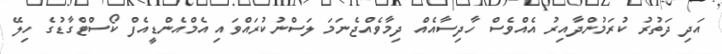
އަދި ދަތުރު ކުރަމުންދާއިރު އެއްވެސް ހާދިސާއެއް ދިމާވެއްޖެނަމަ ލަސްނުކުރައްވައި އެމްއެންޑީއެފް ކޯސްޓްގާޑުގެ ހިލޭ